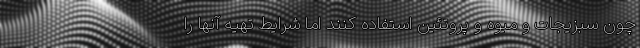
چون سبزیجات و میوه و پروتئین استفاده کنند اما شرایط تهیه آنها را